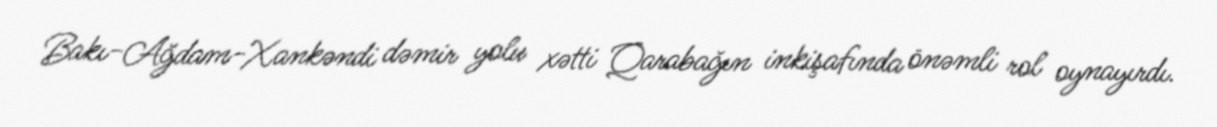
Bakı-Ağdam-Xankəndi dəmir yolu xətti Qarabağın inkişafında önəmli rol oynayırdı.